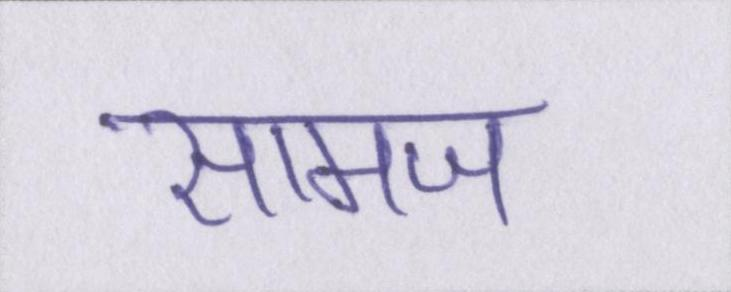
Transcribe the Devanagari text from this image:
सामज